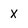
Character: x